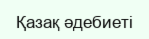
Қазақ әдебиеті